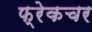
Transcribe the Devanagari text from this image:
फ्रेकचर